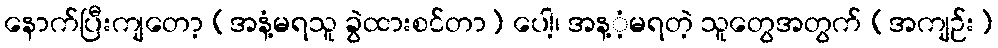
နောက်ပြီးကျတော့ (အနံ့မရသူ ခွဲထားစင်တာ) ပေါ့၊ အန့ံ့မရတဲ့ သူတွေအတွက် (အကျဉ်း)